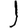
Digit: 1